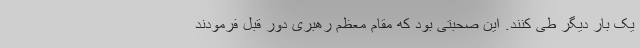
یک بار دیگر طی کنند. این صحبتی بود که مقام معظم رهبری دور قبل فرمودند